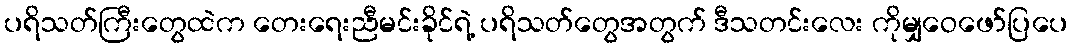
ပရိသတ်ကြီးတွေထဲက တေးရေးညီမင်းခိုင်ရဲ့ ပရိသတ်တွေအတွက် ဒီသတင်းလေး ကိုမျှဝေဖော်ပြပေ